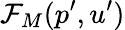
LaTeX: \mathcal{F}_{M}(p^{\prime},u^{\prime})